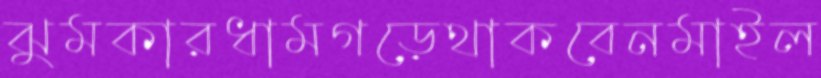
ঝুমকারধামগড়েথাকবেনমাইল